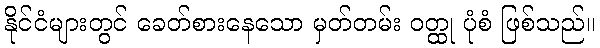
နိုင်ငံများတွင် ခေတ်စားနေသော မှတ်တမ်း ဝတ္ထု ပုံစံ ဖြစ်သည်။